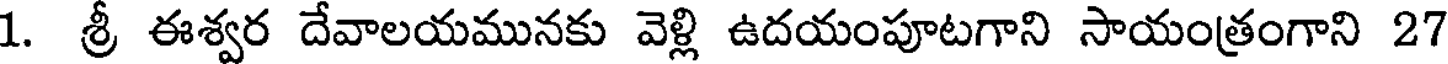
1. శ్రీ ఈశ్వర దేవాలయమునకు వెళ్లి ఉదయంపూటగాని సాయంత్రంగాని 27